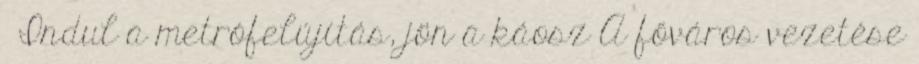
›Indul a metrófelújítás, jön a káosz A főváros vezetése